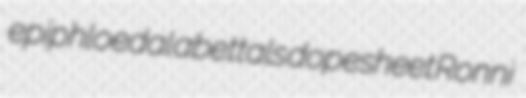
epiphloedal abettals dopesheet Ronni